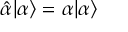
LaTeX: { \hat { \alpha } } | \alpha \rangle = \alpha | \alpha \rangle